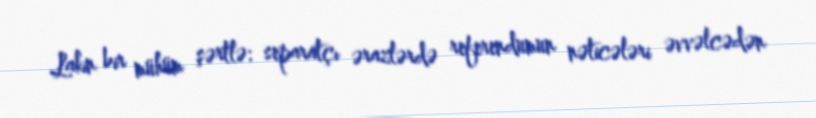
Lakin bir mühüm şərtlə: separatçı ərazlərdə referendumun nəticələri əvvəlcədən